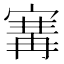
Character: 㝤